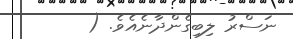
ނަސްރު ލިބިގެންދާނެއެވެ. (